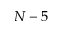
N - 5